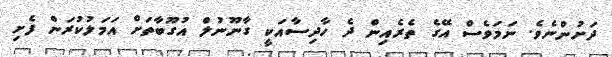
ދަށުންނެވެ. ނަމަވެސް އޭގެ ތެރެއިން ދެ ހާދިސާއަކީ ގާނޫނުލް އުގޫބާތަށް އަމަލުކުރަން ފެށި